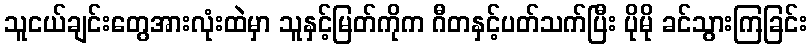
သူငယ်ချင်းတွေအားလုံးထဲမှာ သူနှင့်မြတ်ကိုက ဂီတနှင့်ပတ်သက်ပြီး ပိုမို ခင်သွားကြခြင်း